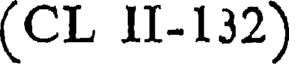
(CL II-132)